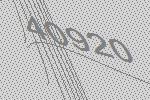
40920